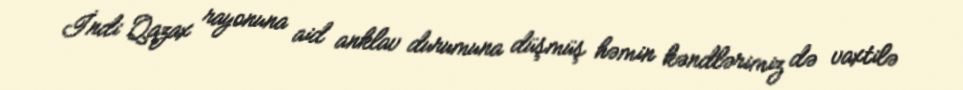
İndi Qazax rayonuna aid anklav durumuna düşmüş həmin kəndlərimiz də vaxtilə